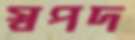
স্বপদ